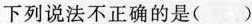
下列说法不正确的是（）